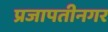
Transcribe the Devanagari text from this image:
प्रजापतीनगर